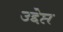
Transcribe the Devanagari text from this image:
उद्देप्त